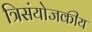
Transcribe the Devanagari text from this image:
त्रिसंयोजकीय